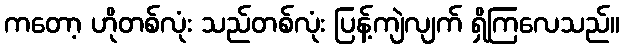
ကတော့ ဟိုတစ်လုံး သည်တစ်လုံး ပြန့်ကျဲလျက် ရှိကြလေသည်။